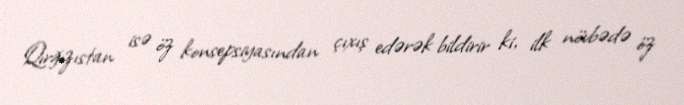
Qırğızıstan isə öz konsepsiyasından çıxış edərək bildirir ki, ilk növbədə öz